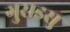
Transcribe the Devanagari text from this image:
गुराइसु